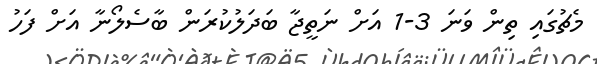
މެޗުގައި ތިން ވަނަ 3-1 އަށް ނަތީޖާ ބަދަލުކުރަން ބާސެލޯނާ އަށް ފަހު